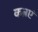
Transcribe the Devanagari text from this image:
कब्रएं